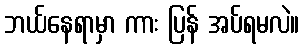
ဘယ်နေရာမှာ ကား ပြန် အပ်ရမလဲ။